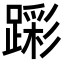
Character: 𮜎